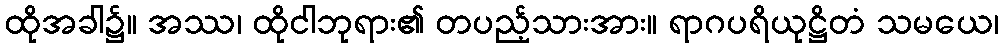
ထိုအခါ၌။ အဿ၊ ထိုငါဘုရား၏ တပည့်သားအား။ ရာဂပရိယုဋ္ဌိတံ သမယေ၊